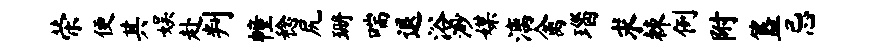
荣便其娱赴判幢稔尻珊喘退浴渺媒漓禽瑙求棘例附簋忌